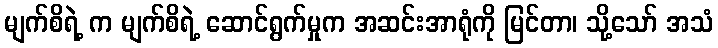
မျက်စိရဲ့ က မျက်စိရဲ့ ဆောင်ရွက်မှုက အဆင်းအာရုံကို မြင်တာ၊ သို့သော် အသံ